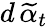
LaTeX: d\, \widetilde{\alpha}_{t}